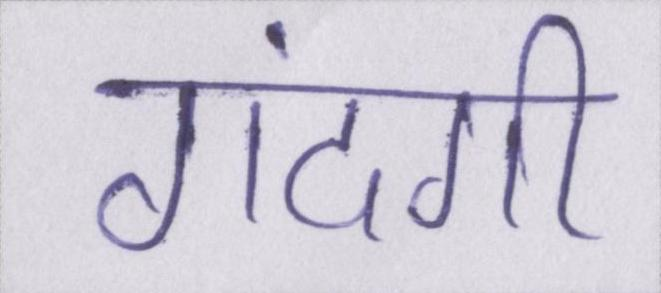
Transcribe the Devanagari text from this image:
गंदगी